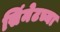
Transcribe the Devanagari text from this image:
सिंमेटच्या